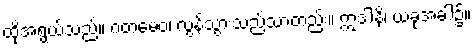
ထိုအရွယ်သည်။ ဂတမေဝ၊ လွန်သွားသည်သာတည်း။ ဣဒါနိ၊ ယခုအခါ၌။